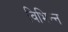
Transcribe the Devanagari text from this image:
विभिन्‍न